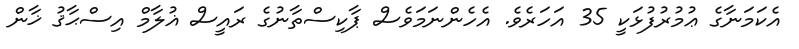
އެކަމަނާގެ ޢުމުރުފުޅަކީ 35 އަހަރެވެ. އެހެންނަމަވެސް ޕާކިސްތާނުގެ ރައީސް ޣުލާމް އިސްޙާޤު ޚާން